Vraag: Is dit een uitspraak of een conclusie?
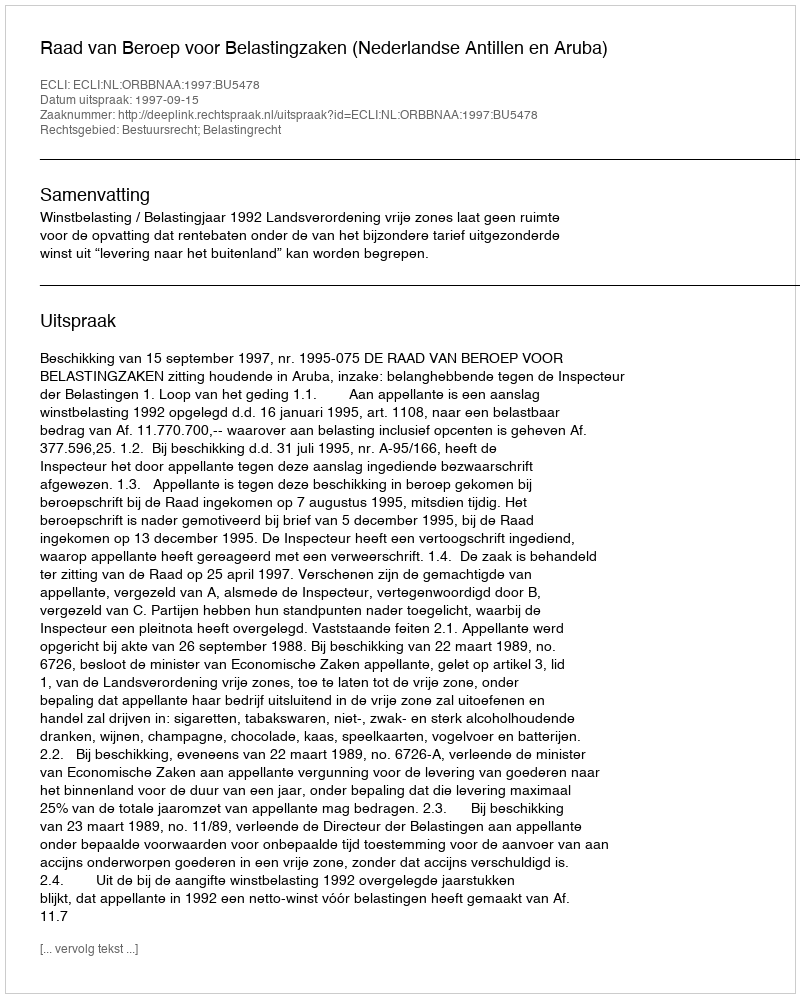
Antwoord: Uitspraak